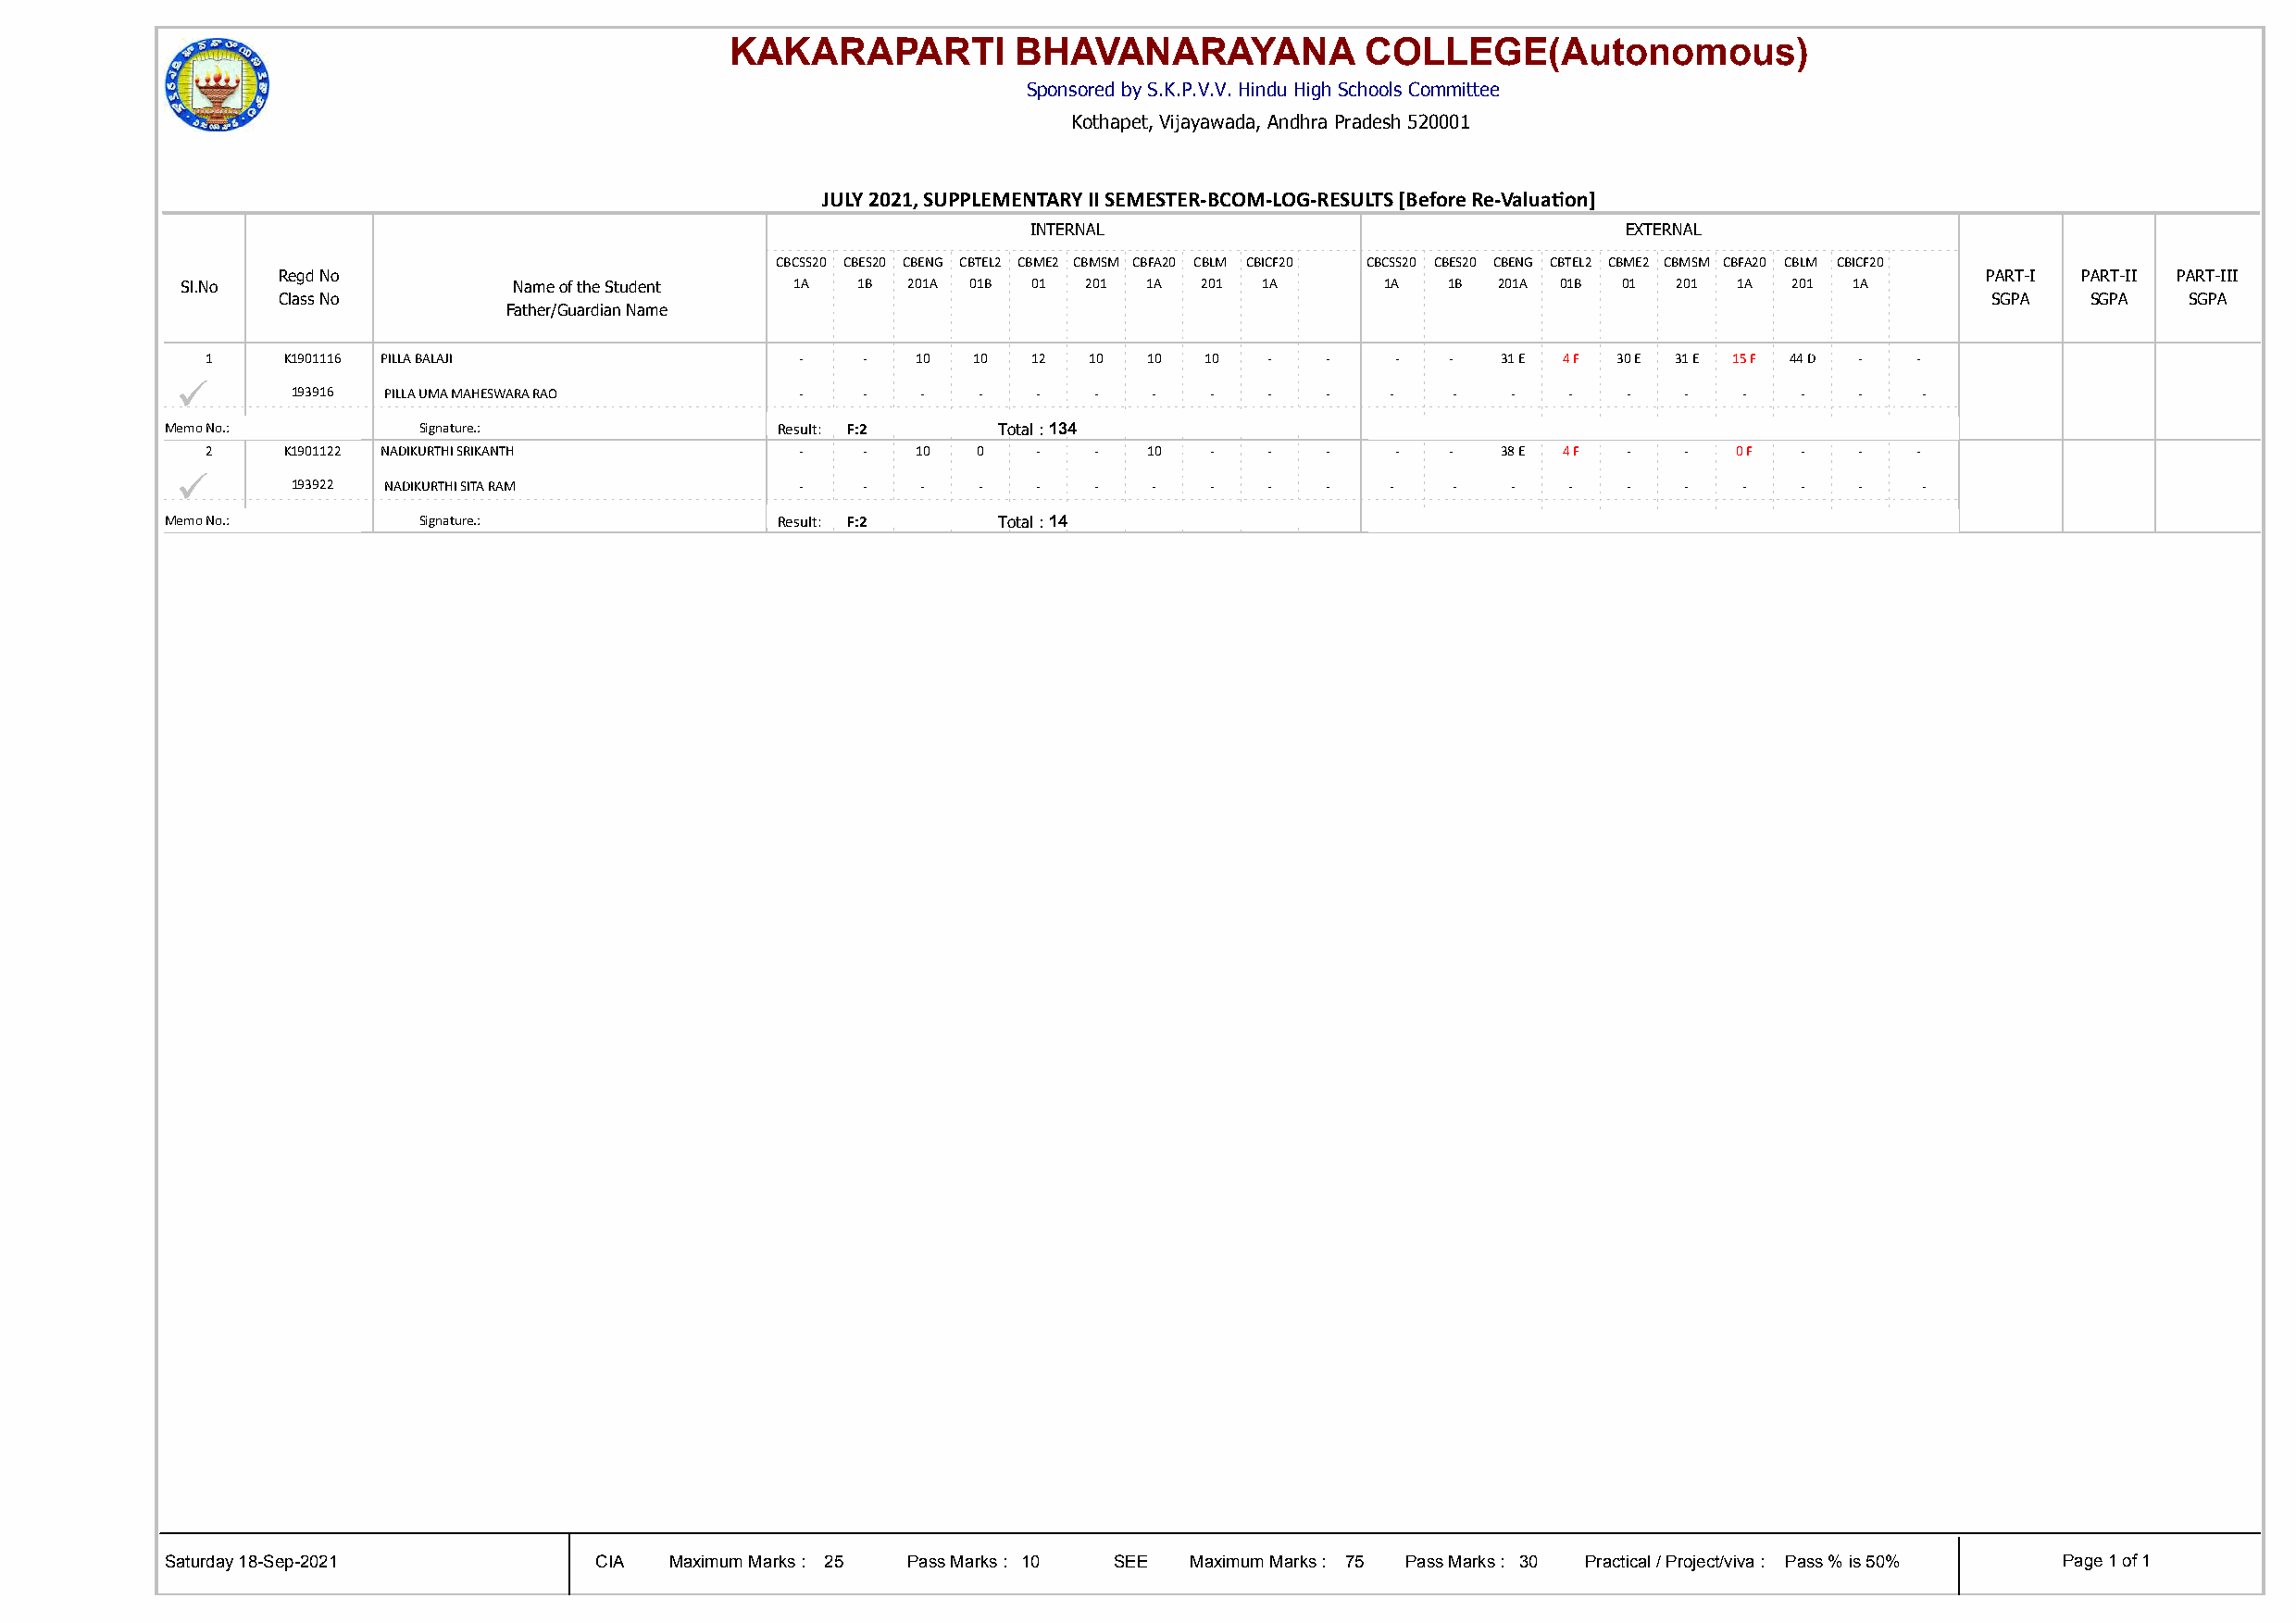
KAKARAPARTI          BHAVANARAYANA            COLLEGE(Autonomous)
 Sponsored by S.K.P.V.V. Hindu High Schools Committee
 Kothapet, Vijayawada, Andhra Pradesh 520001
 JULY 2021, SUPPLEMENTARY II SEMESTER-BCOM-LOG-RESULTS [Before Re-Valuaton]
 INTERNAL                                  EXTERNAL
 CBCSS20 CBES20 CBENG CBTEL2 CBME2 CBMSM CBFA20 CBLM CBICF20 CBCSS20 CBES20 CBENG CBTEL2 CBME2 CBMSM CBFA20 CBLM CBICF20
 Regd No                                                                                                                   PART-I PART-II PART-III
 Sl.No                   Name of the Student 1A  1B  201A 01B 01  201 1A  201 1A       1A  1B  201A 01B 01  201 1A  201 1A
 Class No                                                                                                                  SGPA   SGPA   SGPA
 Father/Guardian Name
 1    K1901116 PILLA BALAJI                -    -  10   10  12  10  10  10   -   -    -   -  31 E 4 F 30 E 31 E 15 F 44 D - -
 ü
 193916 PILLA UMA MAHESWARA RAO      -    -   -   -   -   -   -   -    -   -   -    -   -   -   -   -    -   -   -   -
 Memo No.:         Signature.:               Result: F:2    Total : 134
 2    K1901122 NADIKURTHI SRIKANTH         -    -  10   0   -   -   10  -    -   -    -   -  38 E 4 F -   -   0 F  -   -   -
 ü
 193922 NADIKURTHI SITA RAM          -    -   -   -   -   -   -   -    -   -   -    -   -   -   -   -    -   -   -   -
 Memo No.:         Signature.:               Result: F:2    Total : 14
 Saturday 18-Sep-2021           CIA  Maximum Marks : 25 Pass Marks : 10 SEE Maximum Marks : 75 Pass Marks : 30 Practical / Project/viva : Pass % is 50% Page 1 of 1